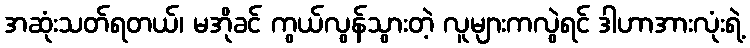
အဆုံးသတ်ရတယ်၊ မအိုခင် ကွယ်လွန်သွားတဲ့ လူများကလွဲရင် ဒါဟာအားလုံးရဲ့